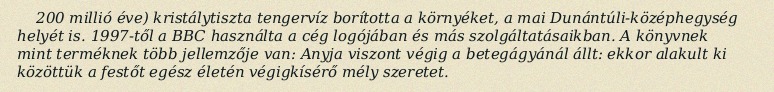
200 millió éve) kristálytiszta tengervíz borította a környéket, a mai Dunántúli-középhegység helyét is. 1997-től a BBC használta a cég logójában és más szolgáltatásaikban. A könyvnek mint terméknek több jellemzője van: Anyja viszont végig a betegágyánál állt: ekkor alakult ki közöttük a festőt egész életén végigkísérő mély szeretet.